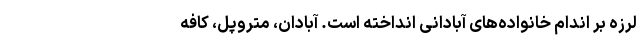
لرزه بر اندامِ خانواده‌های آبادانی انداخته است. آبادان، متروپل، کافه